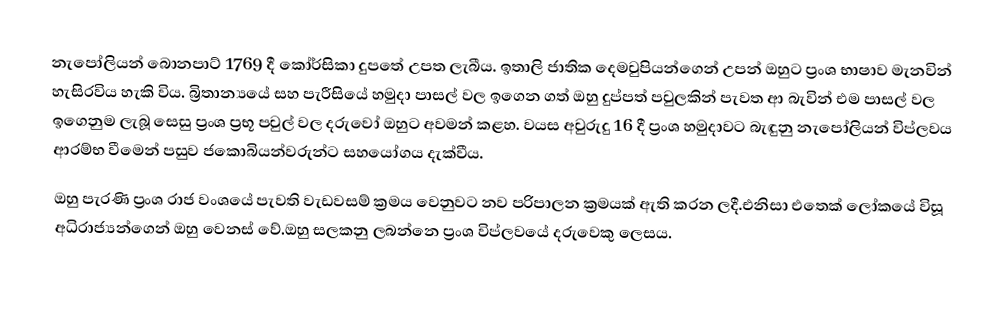
නැපෝලියන් බොනපාට් 1769 දී කෝර්සිකා දුපතේ උපත ලැබීය. ඉතාලි ජාතික දෙමවුපියන්ගෙන් උපන් ඔහුට ප්‍රංශ භාෂාව මැනවින් හැසිරවිය හැකි විය. බ්‍රිතාන්‍යයේ සහ පැරීසියේ හමුදා පාසල් වල ඉගෙන ගත් ඔහු දුප්පත් පවුලකින් පැවත ආ බැවින් එම පාසල් වල ඉගෙනුම ලැබූ සෙසු ප්‍රංශ ප්‍රභූ පවුල් වල දරුවෝ ඔහුට අවමන් කළහ. වයස අවුරුදු 16 දී ප්‍රංශ හමුදාවට බැඳුනු නැපෝලියන් විප්ලවය ආරම්භ වීමෙන් පසුව ජකොබියන්වරුන්ට සහයෝගය දැක්වීය.
ඔහු පැරණි ප්‍රංශ රාජ වංශයේ පැවති වැඩවසම් ක්‍රමය වෙනුවට නව පරිපාලන ක්‍රමයක් ඇති කරන ලදී.එනිසා එතෙක් ලෝකයේ විසූ අධිරාජ්‍යන්ගෙන් ඔහු වෙනස් වේ.ඔහු සලකනු ලබන්නෙ ප්‍රංශ විප්ලවයේ දරුවෙකු ලෙසය.